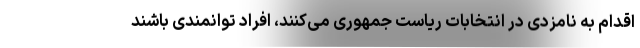
اقدام به نامزدی در انتخابات ریاست جمهوری می‌کنند، افراد توانمندی باشند